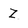
Character: Z